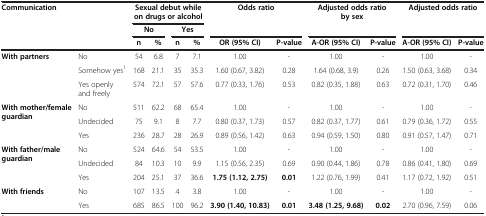
<table><thead><tr><td rowspan="3" colspan="2"><b>Communication</b></td><td colspan="4"><b>Sexual debut while on drugs or alcohol</b></td><td rowspan="2" colspan="2"><b>Odds ratio</b></td><td rowspan="2" colspan="2"><b>Adjusted odds ratio by sex</b></td><td rowspan="2" colspan="2"><b>Adjusted odds ratio</b></td></tr><tr><td colspan="2"><b>No</b></td><td colspan="2"><b>Yes</b></td></tr><tr><td><b>n</b></td><td><b>%</b></td><td><b>n</b></td><td><b>%</b></td><td><b>OR (95% CI)</b></td><td><b>P-value</b></td><td><b>A-OR (95% CI)</b></td><td><b>P-value</b></td><td><b>A-OR (95% CI)</b></td><td><b>P-value</b></td></tr></thead><tbody><tr><td rowspan="3"><b>With partners</b></td><td>No</td><td>54</td><td>6.8</td><td>7</td><td>7.1</td><td>1.00</td><td>-</td><td>1.00</td><td>-</td><td>1.00</td><td>-</td></tr><tr><td>Somehow yes<sup>1</sup></td><td>168</td><td>21.1</td><td>35</td><td>35.3</td><td>1.60 (0.67, 3.82)</td><td>0.28</td><td>1.64 (0.68, 3.9)</td><td>0.26</td><td>1.50 (0.63, 3.68)</td><td>0.34</td></tr><tr><td>Yes openly and freely</td><td>574</td><td>72.1</td><td>57</td><td>57.6</td><td>0.77 (0.33, 1.76)</td><td>0.53</td><td>0.82 (0.35, 1.88)</td><td>0.63</td><td>0.72 (0.31, 1.70)</td><td>0.46</td></tr><tr><td rowspan="3"><b>With mother/female guardian</b></td><td>No</td><td>511</td><td>62.2</td><td>68</td><td>65.4</td><td>1.00</td><td>-</td><td>1.00</td><td>-</td><td>1.00</td><td>-</td></tr><tr><td>Undecided</td><td>75</td><td>9.1</td><td>8</td><td>7.7</td><td>0.80 (0.37, 1.73)</td><td>0.57</td><td>0.82 (0.37, 1.77)</td><td>0.61</td><td>0.79 (0.36, 1.72)</td><td>0.55</td></tr><tr><td>Yes</td><td>236</td><td>28.7</td><td>28</td><td>26.9</td><td>0.89 (0.56, 1.42)</td><td>0.63</td><td>0.94 (0.59, 1.50)</td><td>0.80</td><td>0.91 (0.57, 1.47)</td><td>0.71</td></tr><tr><td rowspan="3"><b>With father/male guardian</b></td><td>No</td><td>524</td><td>64.6</td><td>54</td><td>53.5</td><td>1.00</td><td>-</td><td>1.00</td><td>-</td><td>1.00</td><td>-</td></tr><tr><td>Undecided</td><td>84</td><td>10.3</td><td>10</td><td>9.9</td><td>1.15 (0.56, 2.35)</td><td>0.69</td><td>0.90 (0.44, 1.86)</td><td>0.78</td><td>0.86 (0.41, 1.80)</td><td>0.69</td></tr><tr><td>Yes</td><td>204</td><td>25.1</td><td>37</td><td>36.6</td><td><b>1.75 (1.12, 2.75)</b></td><td><b>0.01</b></td><td>1.22 (0.76, 1.99)</td><td>0.41</td><td>1.17 (0.72, 1.92)</td><td>0.51</td></tr><tr><td rowspan="2"><b>With friends</b></td><td>No</td><td>107</td><td>13.5</td><td>4</td><td>3.8</td><td>1.00</td><td>-</td><td>1.00</td><td>-</td><td>1.00</td><td>-</td></tr><tr><td>Yes</td><td>685</td><td>86.5</td><td>100</td><td>96.2</td><td><b>3.90 (1.40, 10.83)</b></td><td><b>0.01</b></td><td><b>3.48 (1.25, 9.68)</b></td><td><b>0.02</b></td><td>2.70 (0.96, 7.59)</td><td>0.06</td></tr></tbody></table>